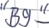
Text: "B9"